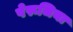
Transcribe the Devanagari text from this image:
पेरूजिया